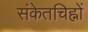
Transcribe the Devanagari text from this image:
संकेतचिह्नों